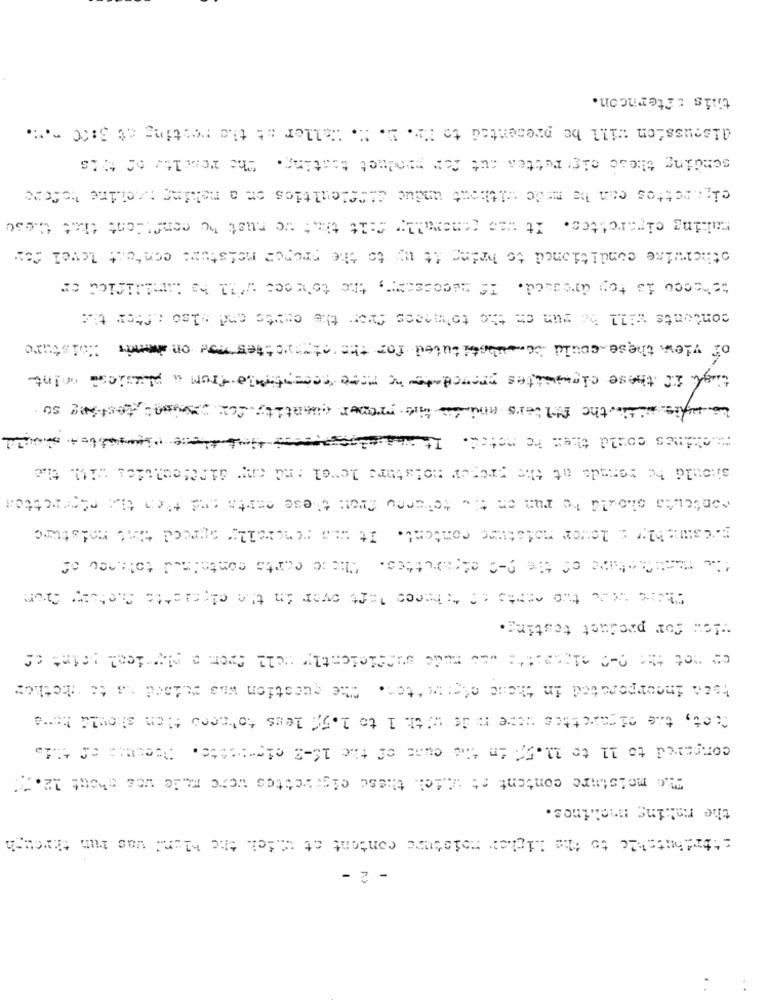
this chterncon.
discussion will be presented to Me. D. H. Waller at the resting at 3:00 -..
sending these cig rettes out for product testing. The results of this
cigarettes can be made without undue difficulties on a meling :. chine tofore
maling cigarettes. It was comerally falt that we must be confident that Chese
otherwise conditioned to bring it up to the propos moisture content level for
tobacco is toy dressed. If necessary, the tources we'll be Hamilifies or
contents will be run on the tobaccos Char the curto and also after the
of view these could bomsubstituted for the cigarettes nor on hamais Moisture
tigh if these clogsttes proved to be more receptitle from a plustest mint
Lowpis Owthe Makers and In the meper quantity for procent, testing so
machines could then he noted. Itonacal
should be remade at the proper moisture level and any difficulties =it. the
contents should be run on the toherny from these marts and then the deparetton
getsmably : lover notature content. It was generally agreed that moisture
The reachchine of the 0-C cigarettes. These carte contained toliaco of
That the two cents on theeco left over in the elements Dietary Cron
Wie: for product testing.
Che question was muised as to whether
toca incorporated in theme off: : 'ten.
fact, the of caretter were in de with 1 to 1.5/ lers tohaces tien should have
compared to 11 to 11.57 in the case of the 16-2 ciemiento. Oeecmes of this
The moisture content st which. these cigarettes were mude wes ahout 12.":
the making machines.
Attributable to the Licher moisture content at which the Ment was hun through
- 2 -